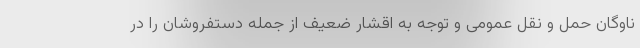
ناوگان حمل و نقل عمومی و توجه به اقشار ضعیف از جمله دستفروشان را در